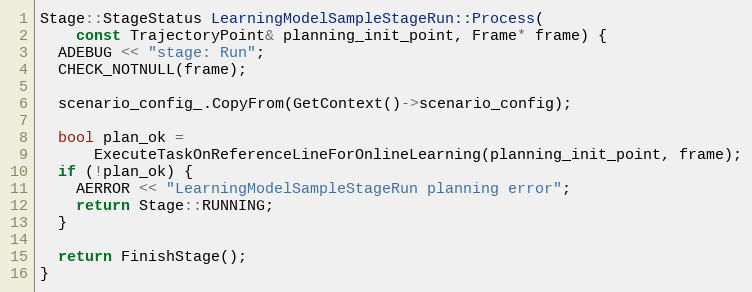
Language: C++
Stage::StageStatus LearningModelSampleStageRun::Process(
    const TrajectoryPoint& planning_init_point, Frame* frame) {
  ADEBUG << "stage: Run";
  CHECK_NOTNULL(frame);

  scenario_config_.CopyFrom(GetContext()->scenario_config);

  bool plan_ok =
      ExecuteTaskOnReferenceLineForOnlineLearning(planning_init_point, frame);
  if (!plan_ok) {
    AERROR << "LearningModelSampleStageRun planning error";
    return Stage::RUNNING;
  }

  return FinishStage();
}